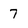
Character: 7